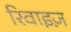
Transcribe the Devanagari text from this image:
रिवाइज़